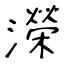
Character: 濚